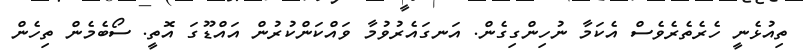
ތިއުޅެނީ ހެރެތެރެވެސް އެކަމާ ނުހިންގިގެން. އަނގައެރުވުމާ ވައްކަންކުރުން އައްޑޫގަ އޮތީ. ސޯބެމެން ތިހެން